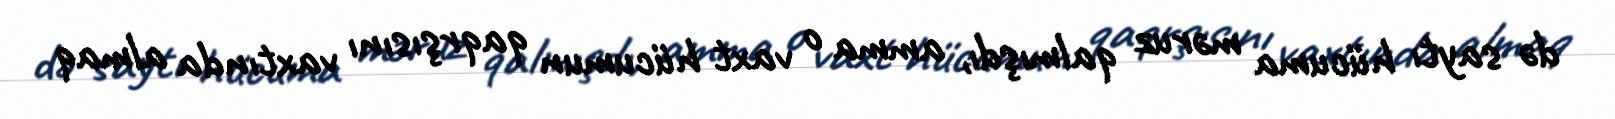
də saytı hücuma məruz qalmışdı, amma o vaxt hücumun qaqrşısını vaxtında almaq